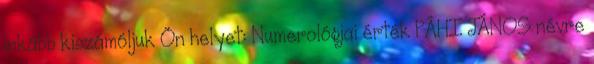
inkább kiszámóljuk Ön helyet: Numerológiai érték PÁHI JÁNOS névre